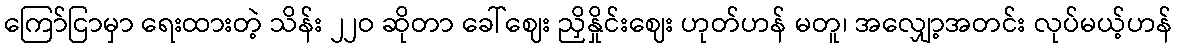
ကြော်ငြာမှာ ရေးထားတဲ့ သိန်း ၂၂ဝ ဆိုတာ ခေါ်ဈေး ညှိနှိုင်းဈေး ဟုတ်ဟန် မတူ၊ အလျှော့အတင်း လုပ်မယ့်ဟန်